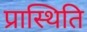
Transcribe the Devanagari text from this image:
प्रास्थिति